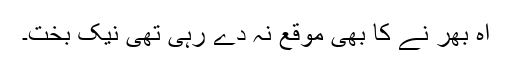
آہ بھر نے کا بھی موقع نہ دے رہی تھی نیک بخت۔